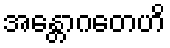
အန္တောဂတေဟိ